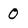
Character: 0